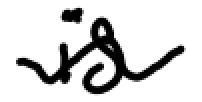
Text: is
Cross-out: wave
Writing tool: digital_black